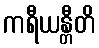
ကရီယန္တီတိ